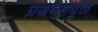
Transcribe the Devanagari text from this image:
प्रजननयुक्त